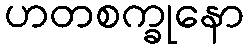
ဟတစက္ခုနော